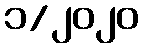
၁/၂၀၂၀